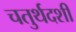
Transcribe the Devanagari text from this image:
चतुर्थदशी